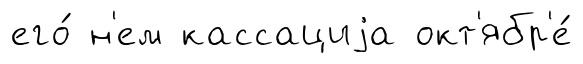
его́ н'ем кассациjа окт'ябр'е́